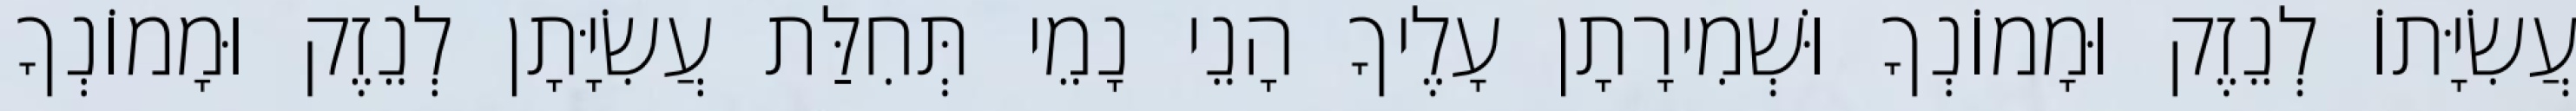
עֲשִׂיָּתוֹ לְנֵזֶק וּמָמוֹנְךָ וּשְׁמִירָתָן עָלֶיךָ הָנֵי נָמֵי תְּחִלַּת עֲשִׂיָּתָן לְנֵזֶק וּמָמוֹנְךָ